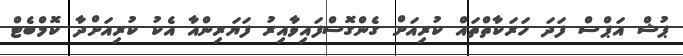
ޕުޝް އަޕްސް ފަދަ ހަރަކާތްތައް ކުރިއަށް ގެންގޮސްފައިވާއިރު ފަޔަރިންއާ އެކު ކުރިއަށްދާ ކޮމްބެޓް